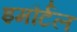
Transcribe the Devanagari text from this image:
इमौर्टल